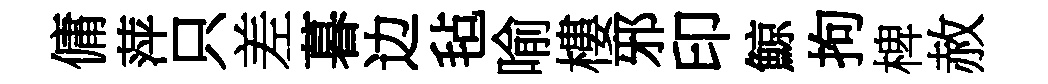
傭萍只差暮边毡喻樓邪印鯨拘椑赦